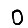
Digit: 0